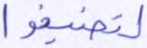
لتضيقوا